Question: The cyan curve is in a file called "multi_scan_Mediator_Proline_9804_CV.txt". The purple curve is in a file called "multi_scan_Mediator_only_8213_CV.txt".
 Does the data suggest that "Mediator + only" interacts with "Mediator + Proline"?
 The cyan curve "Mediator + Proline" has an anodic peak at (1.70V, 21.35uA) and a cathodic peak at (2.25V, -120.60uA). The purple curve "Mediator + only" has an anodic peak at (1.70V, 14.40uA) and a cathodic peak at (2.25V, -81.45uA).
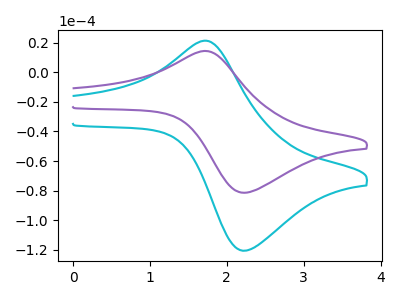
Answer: <think>All the peaks in "Mediator + only" have a peak in "Mediator + Proline" at the same potential. Every peak in "Mediator + only" is lower than every peak in "Mediator + Proline".
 </think>
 <answer>No, "Mediator + only" and "Mediator + Proline" don't appear to be significantly different in shape</answer>
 <eval>no_change</eval>